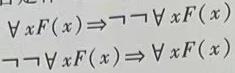
\[
\begin{align*}
\forall x F(x)&\Rightarrow \neg\neg\forall x F(x)\\
\neg\neg\forall x F(x)&\Rightarrow \forall x F(x)
\end{align*}
\]